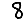
Digit: 8